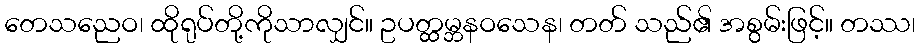
တေသညေဝ၊ ထိုရုပ်တို့ကိုသာလျှင်။ ဥပတ္ထမ္ဘနဝသေန၊ တတ် သည်၏ အစွမ်းဖြင့်။ တဿ၊